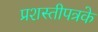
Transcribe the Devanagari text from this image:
प्रशस्तीपत्रके